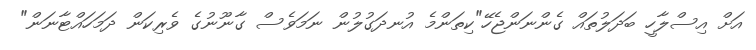
އަށް އިސްލާހީ ބަދަލުތައް ގެންނަންޖެހޭ"ކިތަންމެ އުނދަގުލުން ނަމަވެސް ގާނޫނުގެ ވެރިކަން ދަމަހައްޓާނަން"